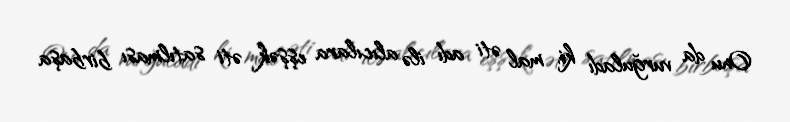
Onu da vurğuladı ki, mal əti adı ilə alıcılara eşşək əti satılması birbaşa